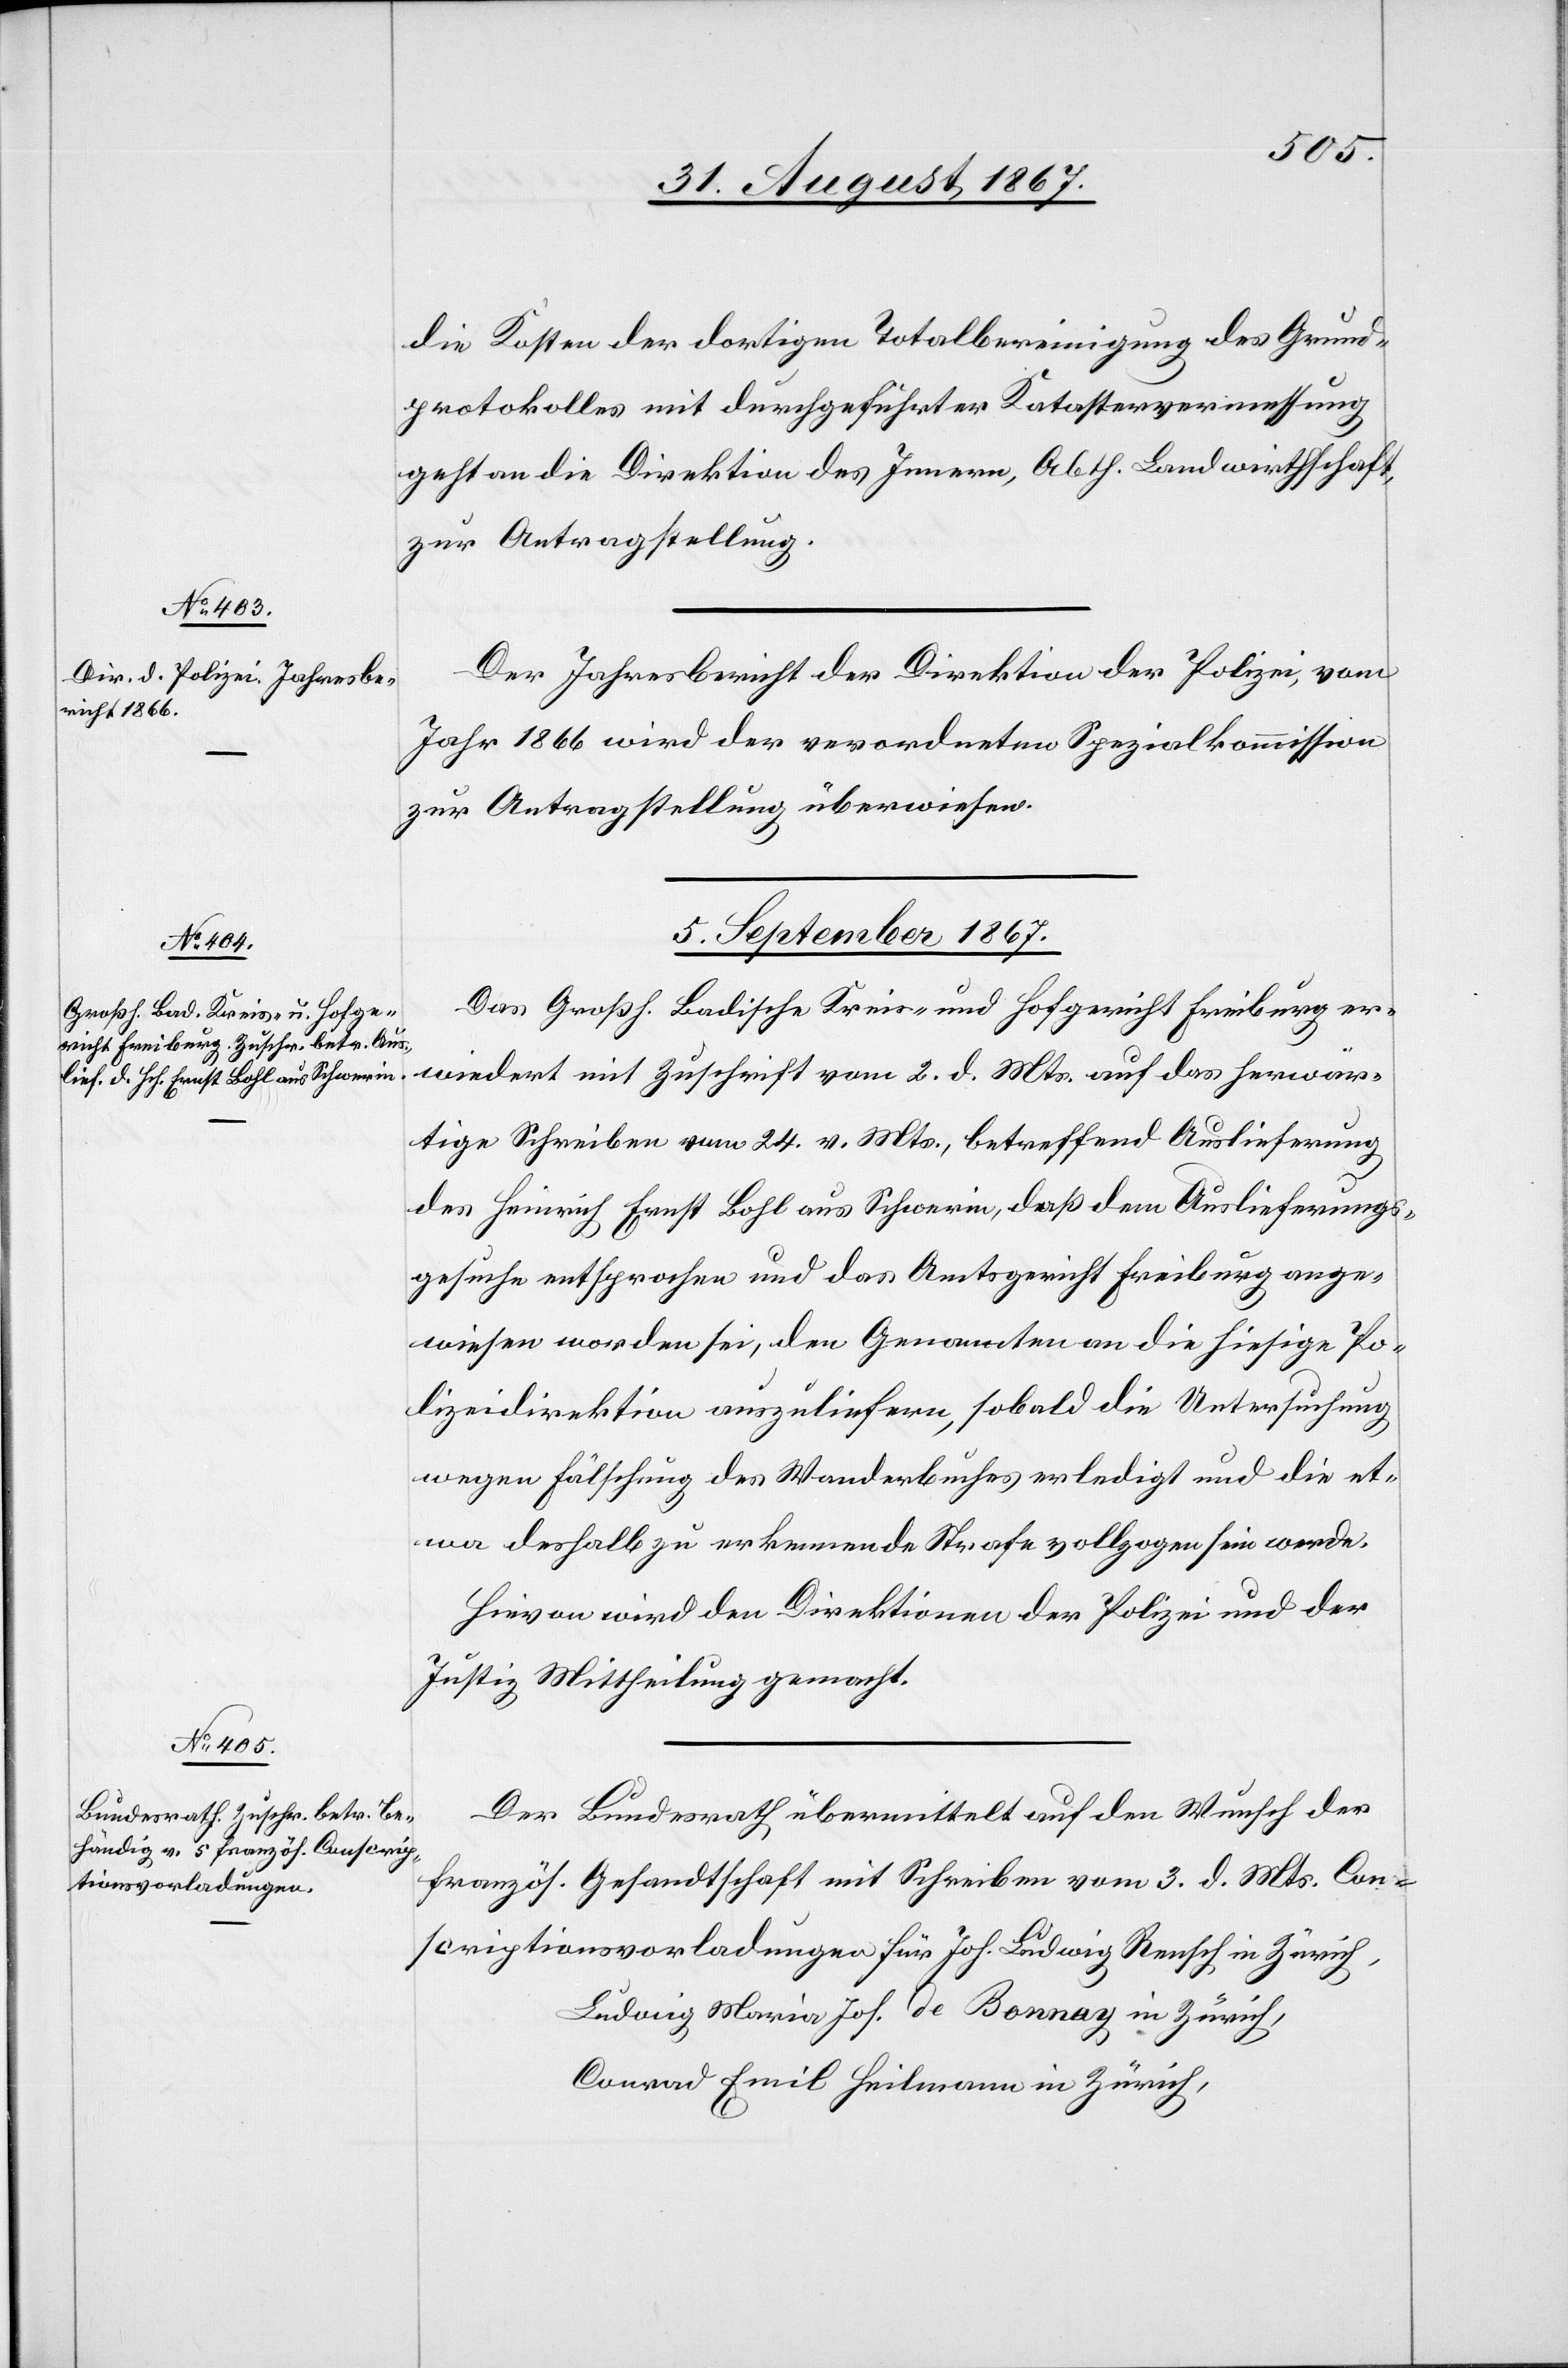
scrip¬
tionsvorladungen

die Kosten der dortigen Totalbereinigung des Grund¬
protokolles mit durchgeführter Katastervermessung
geht an die Direktion des Innern, Abth. Landwirthschaft
zur Antragstellung.
Der Jahresbericht der Direktion der Polizei, vom
Jahr 1866 wird der verordneten Spezialkommission
zur Antragstellung überwiesen.
5. September 1867.]
Das Großh. Badische Kreis- u. Hofgericht Freiburg er¬
wiedert mit Zuschrift vom 2. d. Mts. auf das herwär¬
tige Schreiben vom 24. v. Mts., betreffend Auslieferung
des Heinrich Ernst Bohl aus Schwerin, daß dem Auslieferungs¬
gesuche entsprochen und das Amtsgericht Freiburg ange¬
wiesen worden sei, den Genannten an die hiesige Po¬
lizeidirektion auszuliefern, sobald die Untersuchung
wegen Fälschung des Wanderbuches erledigt und die et¬
wa deshalb zu erkennende Strafe vollzogen sein werde.
Hievon wird den Direktionen der Polizei und der
Justiz Mittheilung gemacht.
Der Bundesrath übermittelt auf den Wunsch der
französ. Gesandtschaft mit Schreiben vom 3. d. Mts. Con¬
Ludwig Maria Jos. de Bonnay in Zürich,
Conrad Emil Heilmann in Zürich,